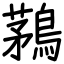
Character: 鶜